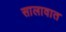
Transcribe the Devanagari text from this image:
सालावात